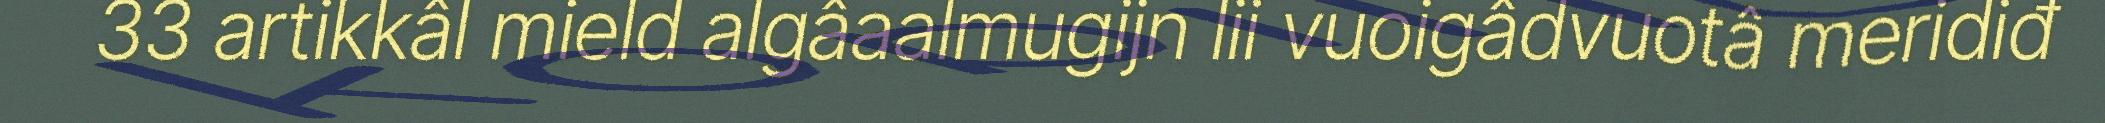
33 artikkâl mield algâaalmugijn lii vuoigâdvuotâ meridiđ